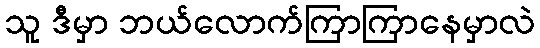
သူ ဒီမှာ ဘယ်လောက်ကြာကြာနေမှာလဲ